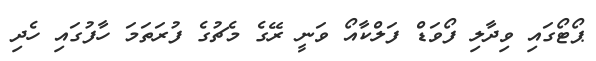
ޕޯޓޯގައި ވިދާލި ފޯވަޑް ފަލްކާއޯ ވަނީ ރޭގެ މެޗުގެ ފުރަތަމަ ހާފުގައި ހެދި